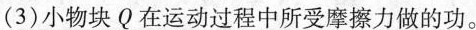
(3)小物块Q在运动过程中所受摩擦力做的功。